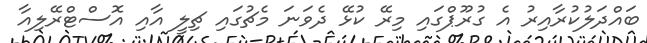
ބައްދަލުކުރާއިރު އެ ގުރޫޕްގައި މިރޭ ކުޅޭ ދެވަނަ މެޗުގައި ޗިލީ އާއި އޮސްޓްރޭލިއާ